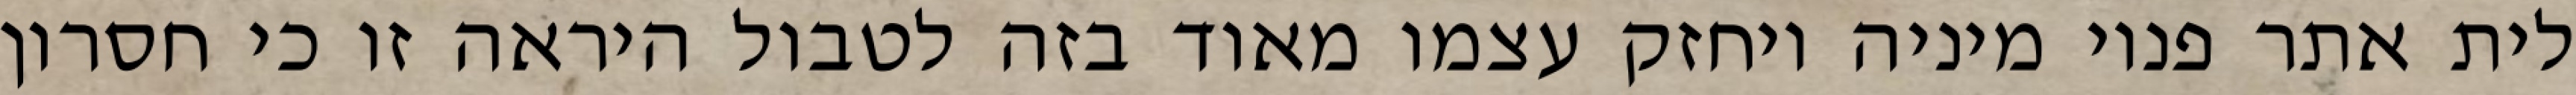
לית אתר פנוי מיניה ויחזק עצמו מאוד בזה לטבול היראה זו כי חסרון